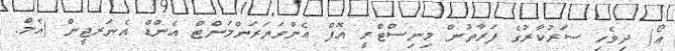
އޯ) ދިވެހި ސަރުކާރުގެ ފަރާތުން މިނިސްޓްރީ އޮފް އެންވަޔަރަންމަންޓް އެންޑް އެނަރޖީން (އެމް.